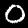
Label: 0